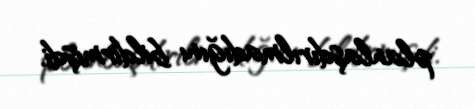
planlaşdırılmadığını bildirmişdi.